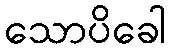
သောပိခေါ